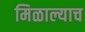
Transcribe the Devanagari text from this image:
मिळाल्याच